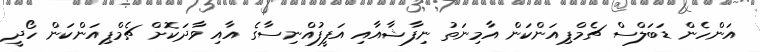
އަންހެން ޑަބަލްސް ޗެމްޕިއަންކަން އާމިނަތު ނިފާޝާއާއި އަފީފުއްނިސާގެ އާއި ވާދަކޮށް ޗެމްޕިއަންކަން ހޯދީ